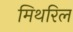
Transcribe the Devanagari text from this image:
मिथरिल